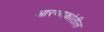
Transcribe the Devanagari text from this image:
आरण्यकांतील